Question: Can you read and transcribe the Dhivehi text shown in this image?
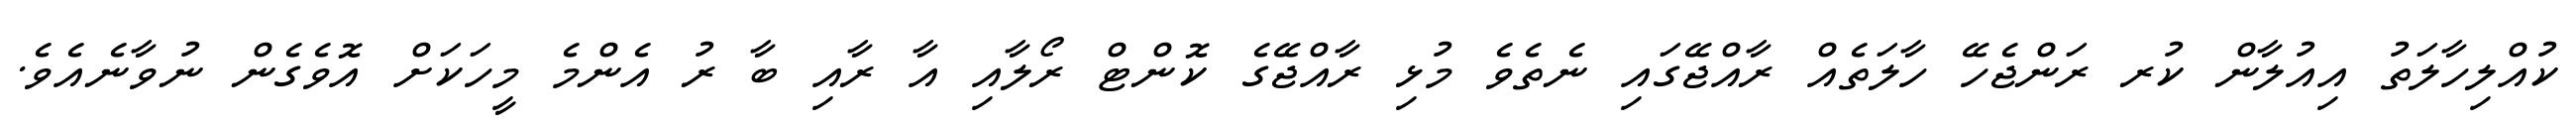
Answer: ކުއްލިހާލަތު އިއުލާން ކުރ ރަންޖެހޭ ހާލަތެއް ރާއްޖޭގައި ނެތެވެ މުޅި ރާއްޖޭގެ ކޮންޓް ރޯލާއި އާ ރާއި ބާ ރު އެންމެ މީހަކަށް އޮވެގެން ނުވާނެއެވެ.